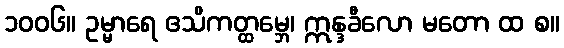
၁၀၀၆။ ဥမ္မာရေ ဧသိကတ္ထမ္ဘေ၊ ဣန္ဒခီလော မတော ထ စ။